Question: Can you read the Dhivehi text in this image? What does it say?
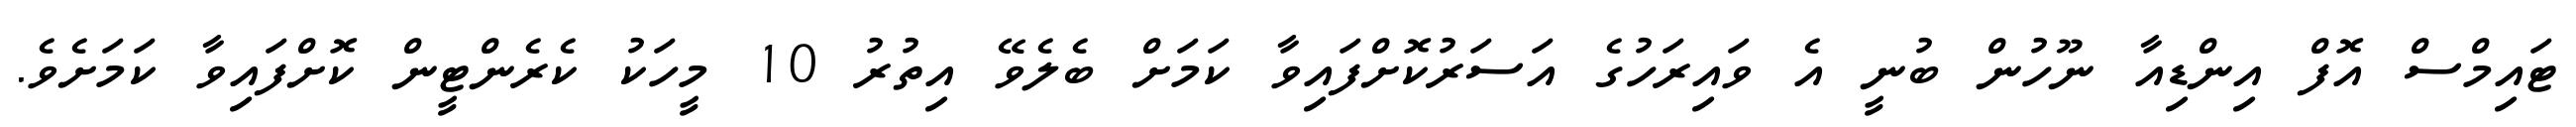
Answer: ޓައިމްސް އޮފް އިންޑިއާ ނޫހުން ބުނީ އެ ވައިރަހުގެ އަސަރުކޮށްފައިވާ ކަމަށް ބެލެވޭ އިތުރު 10 މީހަކު ކެރެންޓީން ކޮށްފައިވާ ކަމަށެވެ.